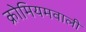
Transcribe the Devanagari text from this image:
क्रोमियमवाली